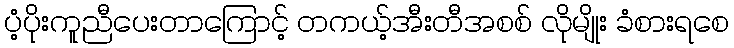
ပံ့ပိုးကူညီပေးတာကြောင့် တကယ့်အီးတီအစစ် လိုမျိုး ခံစားရစေ